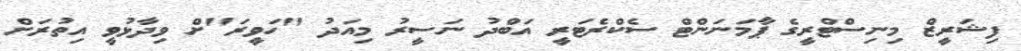
ފިޝަރީޒް މިނިސްޓްރީގެ ޕާމަނަންޓް ސެކްރެޓަރީ އަބްދު ނަސީރު މިއަދު "ހަވީރަ"ށް ވިދާޅުވީ އިތުރަށް